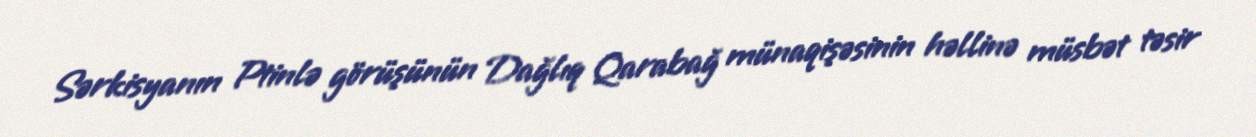
Sərkisyanın Ptinlə görüşünün Dağlıq Qarabağ münaqişəsinin həllinə müsbət təsir